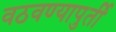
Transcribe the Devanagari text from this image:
वठवण्यापुर्ती